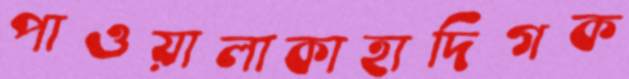
পাওয়ালাকাহাদিগক